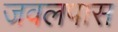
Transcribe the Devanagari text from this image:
जवलपास